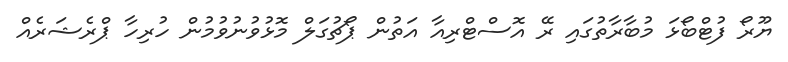
ޔޫރޯ ފުޓްބޯޅަ މުބާރާތުގައި ރޭ އޮސްޓްރިއާ އަތުން ޕޯޗުގަލް މޮޅުވުނުވުމުން ހުރިހާ ޕްރެޝަރެއް